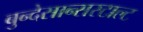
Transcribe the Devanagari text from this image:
बुन्देसान्सस्टाल्ट